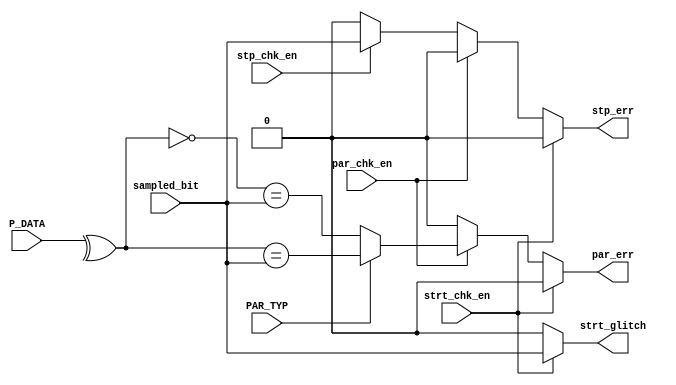
module PSS_CHK (
input 		sampled_bit, PAR_TYP,
input [7:0]	P_DATA,
input 		par_chk_en, strt_chk_en, stp_chk_en,

output reg	par_err, strt_glitch, stp_err
);

reg par;

always@(*)
begin
par_err = 1'b0;
strt_glitch = 1'b0;
stp_err = 1'b0;
 if (strt_chk_en) begin
  strt_glitch = (sampled_bit != 0);
 end
 else if (par_chk_en) begin
  par = ^P_DATA;
  if (PAR_TYP) begin
   par_err = (par == sampled_bit);
  end
  else begin
   par_err = (!par == sampled_bit);
  end
 end
 else if (stp_chk_en) begin
  stp_err = (sampled_bit != 0);
 end
 else begin
  {par_err, strt_glitch, stp_err} = 1'b0;
 end
end

endmodule